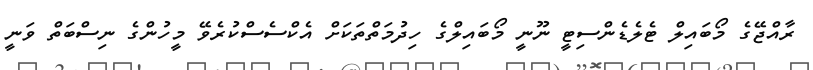
ރާއްޖޭގެ މޯބައިލް ޓެލެޑެންސިޓީ ނޫނީ މޯބައިލްގެ ހިދުމަތްތަކަށް އެކްސެސްކުރެވޭ މީހުންގެ ނިސްބަތް ވަނީ